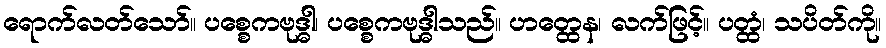
ရောက်လတ်သော်။ ပစ္စေကဗုဒ္ဓါ၊ ပစ္စေကဗုဒ္ဓါသည်။ ဟတ္ထေန၊ လက်ဖြင့်။ ပတ္ထံ၊ သပိတ်ကို။